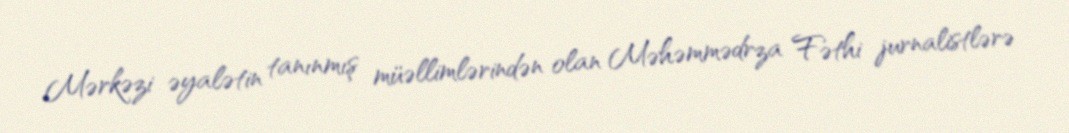
Mərkəzi əyalətin tanınmış müəllimlərindən olan Məhəmmədrza Fəthi jurnalistlərə